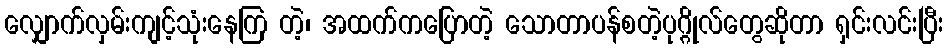
လျှောက်လှမ်းကျင့်သုံးနေကြ တဲ့၊ အထက်ကပြောတဲ့ သောတာပန်စတဲ့ပုဂ္ဂိုလ်တွေဆိုတာ ရှင်းလင်းပြီး